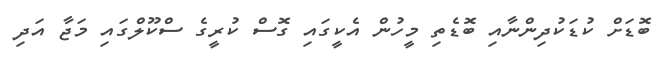
ބޮޑަށް ކުޑަކުދިންނާއި ބޮޑެތި މީހުން އެކީގައި ގޮސް ކުރީގެ ސްކޫލްގައި މަޖާ އަދި